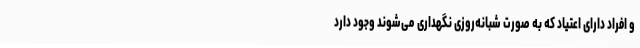
و افراد دارای اعتیاد که به صورت شبانه‌روزی نگهداری می‌شوند وجود دارد